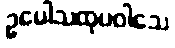
ဥပေါသထုပဝါသေ